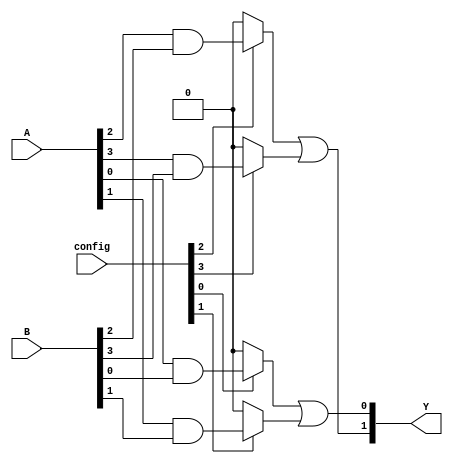
module flash_programmable_pal (
    input wire [3:0] A,      // Input lines (A, B, C, D)
    input wire [3:0] B,      // Additional input lines for programmability
    input wire [3:0] config, // Configuration bits for programming AND gates
    output wire [1:0] Y      // Output lines (Y1, Y2)
);

    // Internal signals for AND gates
    wire [3:0] and_out; // Outputs from AND gates

    // Programmable AND array
    generate
        genvar i;
        for (i = 0; i < 4; i = i + 1) begin : and_array
            // Each AND gate can be programmed based on the config bits
            assign and_out[i] = (config[i] == 1'b1) ? (A[i] & B[i]) : 1'b0; // Direct connection
        end
    endgenerate

    // Fixed OR array
    assign Y[0] = and_out[0] | and_out[1]; // Y1 = AND0 OR AND1
    assign Y[1] = and_out[2] | and_out[3]; // Y2 = AND2 OR AND3

endmodule